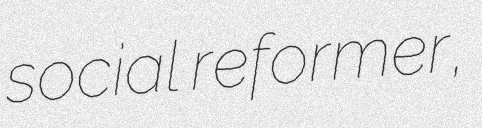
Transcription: social reformer,